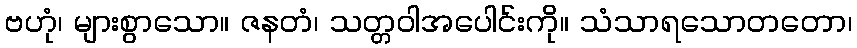
ဗဟုံ၊ များစွာသော။ ဇနတံ၊ သတ္တဝါအပေါင်းကို။ သံသာရသောတတော၊